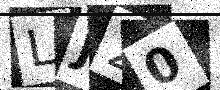
Text: LJ20